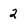
Character: 2